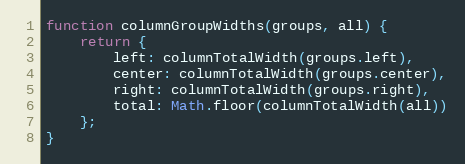
Language: JavaScript
function columnGroupWidths(groups, all) {
    return {
        left: columnTotalWidth(groups.left),
        center: columnTotalWidth(groups.center),
        right: columnTotalWidth(groups.right),
        total: Math.floor(columnTotalWidth(all))
    };
}